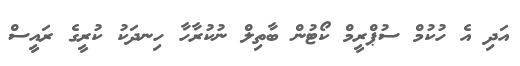
އަދި އެ ހުކުމް ސުޕްރީމް ކޯޓުން ބާތިލް ނުކުރާހާ ހިނދަކު ކުރީގެ ރައީސް